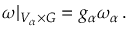
\omega | _ { V _ { \alpha } \times G } = g _ { \alpha } \omega _ { \alpha } \, .